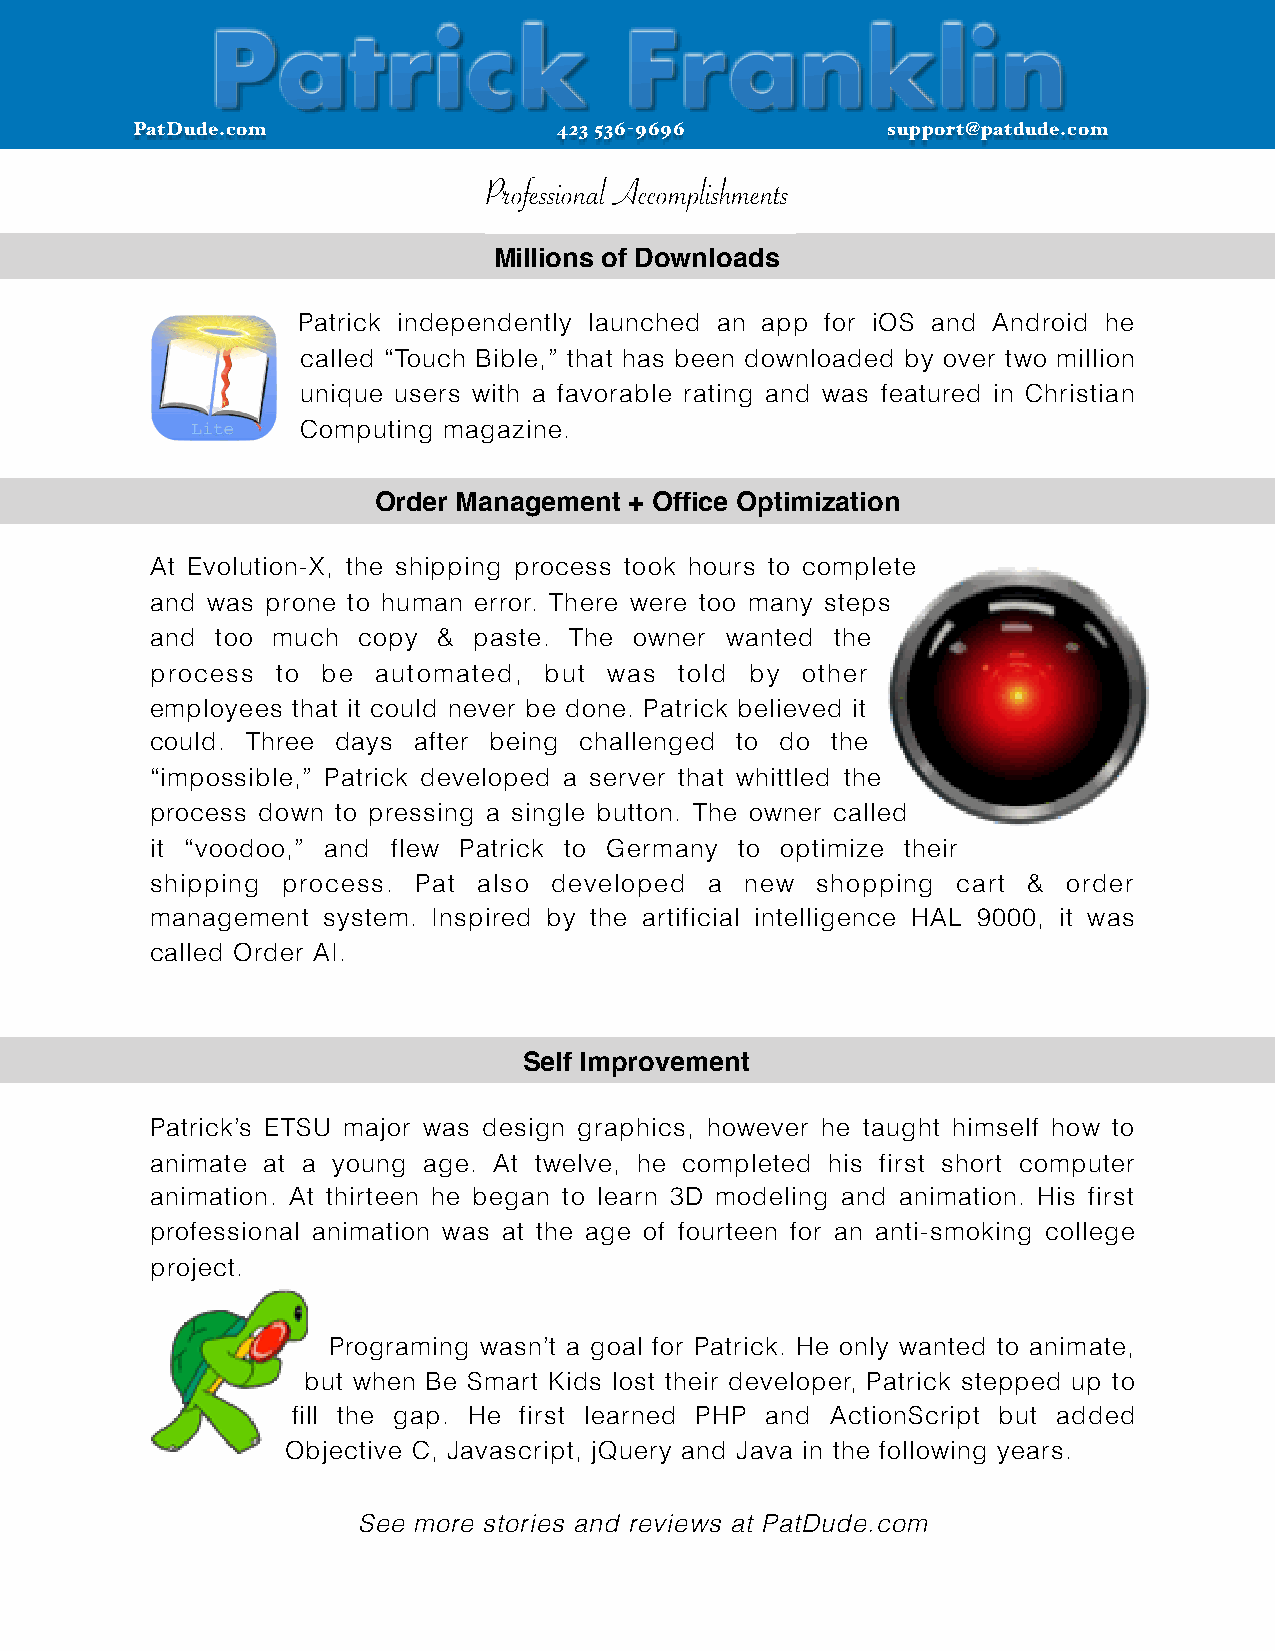
Patrick                    Franklin
 PatDude.com                 423 536-9696          support@patdude.com
 Professional Accomplishments
 Millions of Downloads
 Patrick independently launched an app for iOS and Android he
 called “Touch Bible,” that has been downloaded by over two million
 unique users with a favorable rating and was featured in Christian
 Computing magazine.
 Order Management + Office Optimization
 At Evolution-X, the shipping process took hours to complete
 and was prone to human error. There were too many steps
 and too much  copy & paste. The owner wanted the
 process to be  automated, but was  told by other
 employees that it could never be done. Patrick believed it
 could. Three days after being challenged to do the
 “impossible,” Patrick developed a server that whittled the
 process down to pressing a single button. The owner called
 it “voodoo,” and flew Patrick to Germany to optimize their
 shipping process. Pat also developed a new  shopping cart &  order
 management system. Inspired by the artificial intelligence HAL 9000, it was
 called Order AI.
 Self Improvement
 Patrick’s ETSU major was design graphics, however he taught himself how to
 animate at a young age. At twelve, he completed his first short computer
 animation. At thirteen he began to learn 3D modeling and animation. His first
 professional animation was at the age of fourteen for an anti-smoking college
 project.
 Programing wasn’t a goal for Patrick. He only wanted to animate,
 but when Be Smart Kids lost their developer, Patrick stepped up to
 fill the gap. He first learned PHP and ActionScript but added
 Objective C, Javascript, jQuery and Java in the following years.
 See more stories and reviews at PatDude.com